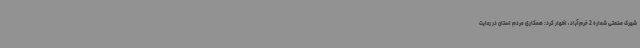
شهرک صنعتی شماره 2 خرم‌آباد، اظهار کرد: همکاری مردم استان در رعایت